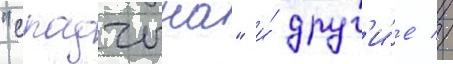
"спадчына" и́ друг'и́е //